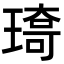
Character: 𤨯